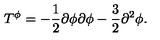
T ^ { \phi } = - \frac { 1 } { 2 } \partial \phi \partial \phi - \frac { 3 } { 2 } \partial ^ { 2 } \phi .